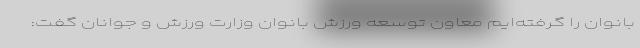
بانوان را گرفته‌ایم معاون توسعه ورزش بانوان وزارت ورزش و جوانان گفت: